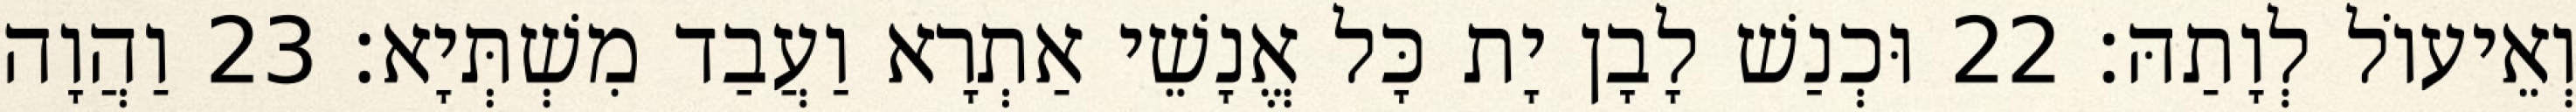
וְאֵיעוֹל לְוָתַהּ׃ 22 וּכְנַשׁ לָבָן יָת כָּל אֱנָשֵׁי אַתְרָא וַעֲבַד מִשְׁתְּיָא׃ 23 וַהֲוָה